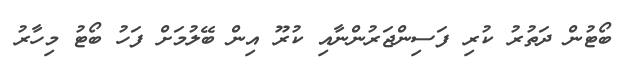
ބޯޓުން ދަތުރު ކުރި ފަސިންޖަރުންނާއި ކުރޫ އިން ބޭލުމަށް ފަހު ބޯޓު މިހާރު